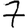
Digit: 7